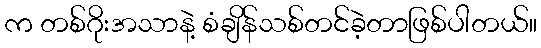
က တစ်ဂိုးအသာနဲ့ စံချိန်သစ်တင်ခဲ့တာဖြစ်ပါတယ်။